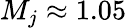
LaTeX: M_{j}\approx 1.05